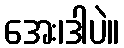
အေး၊ဒါပဲ။